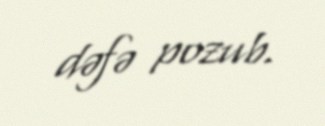
dəfə pozub.